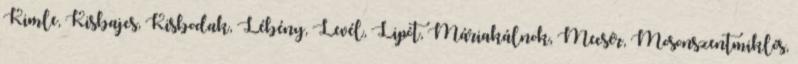
Kimle, Kisbajcs, Kisbodak, Lébény, Levél, Lipót, Máriakálnok, Mecsér, Mosonszentmiklós,